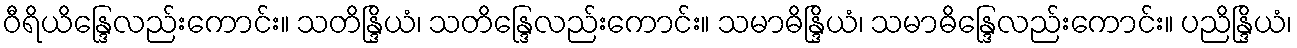
ဝီရိယိန္ဒြေလည်းကောင်း။ သတိန္ဒြိယံ၊ သတိန္ဒြေလည်းကောင်း။ သမာဓိန္ဒြိယံ၊ သမာဓိန္ဒြေလည်းကောင်း။ ပညိန္ဒြိယံ၊